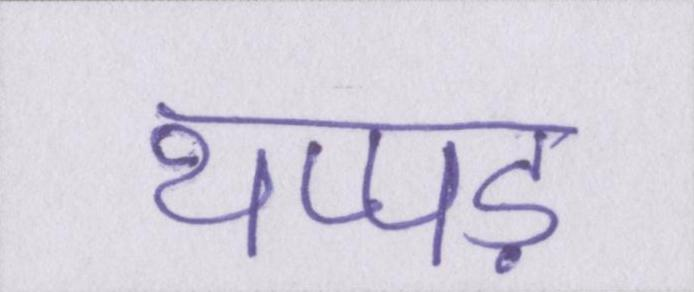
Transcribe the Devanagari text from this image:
थप्पड़